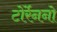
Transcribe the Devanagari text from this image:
टोर्रेननो